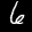
Label: 6